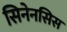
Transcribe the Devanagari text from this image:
सिनेनसिस